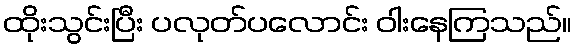
ထိုးသွင်းပြီး ပလုတ်ပလောင်း ဝါးနေကြသည်။